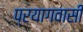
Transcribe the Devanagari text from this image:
प्रयागवासी